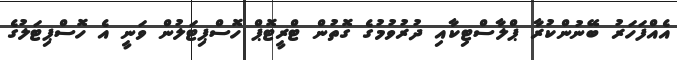
އެއްފަހަރު ބޭނުންކުރާ ޕްލާސްޓިކާއި ދުރުވުމުގެ ގޮތުން ޓްރީޓޮޕް ހޮސްޕިޓަލުން ވަނީ އެ ހޮސްޕިޓަލުގެ